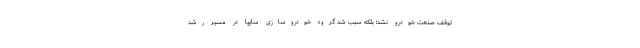
توقف صنعت خودرو نشد؛ بلکه سبب شد گروه خودروسازی سایپا در مسیر رشد